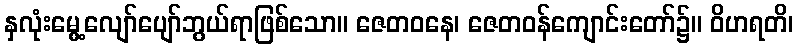
နှလုံးမွေ့လျော်ပျော်ဘွယ်ရာဖြစ်သော။ ဇေတဝနေ၊ ဇေတဝန်ကျောင်းတော်၌။ ဝိဟရတိ၊